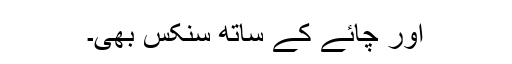
اور چائے کے ساتھ سنکس بھی۔